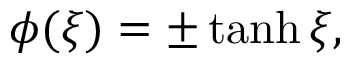
\phi ( \xi ) = \pm \operatorname { t a n h } \xi ,